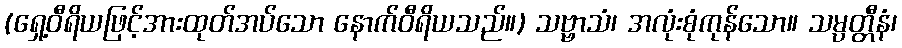
(ရှေ့ဝီရိယဖြင့်အားထုတ်အပ်သော နောက်ဝီရိယသည်။) သဗ္ဗာသံ၊ အလုံးစုံကုန်သော။ သမ္ပတ္တီနံ၊